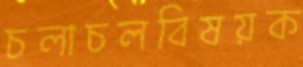
চলাচলবিষয়ক